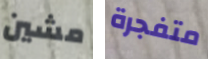
مشين متفجرة